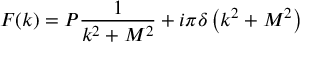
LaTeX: F ( k ) = P \frac { 1 } { k ^ { 2 } + M ^ { 2 } } + i \pi \delta \left( k ^ { 2 } + M ^ { 2 } \right)